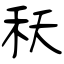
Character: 秗